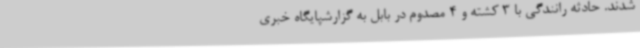
شدند. حادثه رانندگی با 3 کشته و 4 مصدوم در بابل به گزارشپایگاه خبری